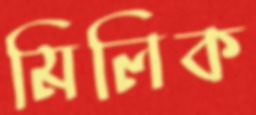
মিলিক